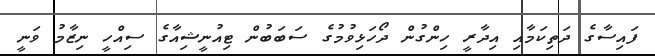
ފައިސާގެ ދަތިކަމާއި އިދާރީ ހިންގުން ދޯހަޅިވުމުގެ ސަބަބުން ޓިއުނީޝިއާގެ ސިއްހީ ނިޒާމު ވަނީ